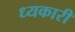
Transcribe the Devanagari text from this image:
ध्यकारी